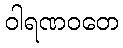
ဝါရဏဝတေ